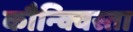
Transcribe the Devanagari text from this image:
कौन्क्विस्ता